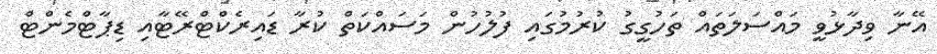
އޭނާ ވިދާޅުވީ މައްސަލަތައް ތަހުގީގު ކުރުމުގައި ފުލުހުން މަސައްކަތް ކުރާ ޑައިރެކްޓްރޭޓާއި ޑިޕާޓްމެންޓް